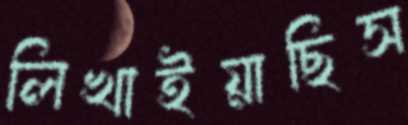
লিখাইয়াছিস